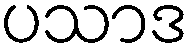
ပသာဒ